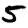
Digit: 5